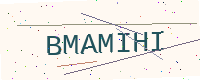
Text: BMAMIHI